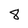
Character: 8